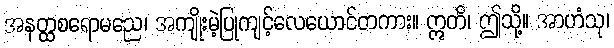
အနတ္ထစရောမညေ၊ အကျိုးမဲ့ပြုကျင့်လေယောင်တကား။ ဣတိ၊ ဤသို့။ အာဟံသု၊